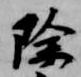
除